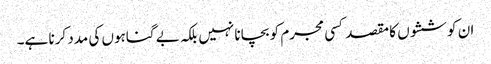
ان کوششوں کا مقصد کسی مجرم کو بچانا نہیں بلکہ بے گناہوں کی مدد کرنا ہے۔